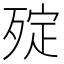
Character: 㱨